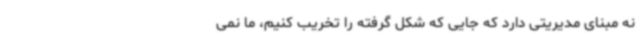
نه مبنای مدیریتی دارد که جایی که شکل گرفته را تخریب کنیم، ما نمی‌